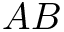
A B